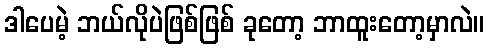
ဒါပေမဲ့ ဘယ်လိုပဲဖြစ်ဖြစ် ခုတော့ ဘာထူးတော့မှာလဲ။